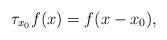
LaTeX: \begin{align*}\tau_{x_0}f(x) = f(x - x_0),\end{align*}